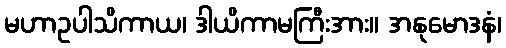
မဟာဥပါသိကာယ၊ ဒါယိကာမကြီးအား။ အနုမောဒနံ၊